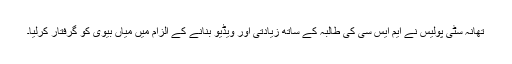
تھانہ سٹی پولیس نے ایم ایس سی کی طالبہ کے ساتھ زیادتی اور ویڈیو بنانے کے الزام میں میاں بیوی کو گرفتار کرلیا۔